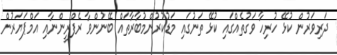
ދަރިވަރުން ކުޅޭ ހުރިހާ ވަގުތެއްގައި ކުޅޭ ތަނުގައި މަޑުކުރުންމުބާރާތައް ބޭނުންވާ ރެފްރީންނާއި އަމްޕަޔަރުން